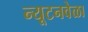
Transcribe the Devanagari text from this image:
न्यूटनवेळा